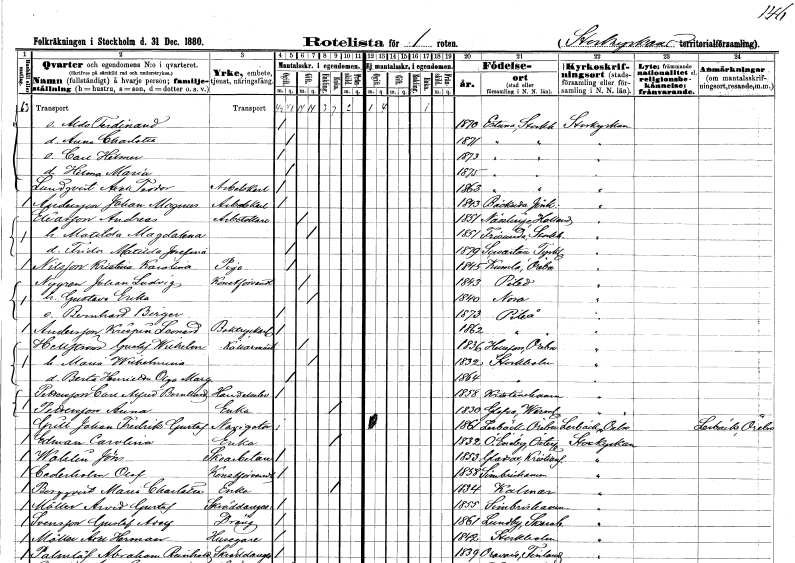
gt_parse: households: individuals: FN: Aldo Ferdinand
KON: M
CIV: O
FODAR: 1870
FODFORS: Estuna Stockholms län
FN: Anna Charlotta
KON: K
CIV: O
FODAR: 1871
FODFORS: Estuna Stockholms län
FN: Carl Hilmer
KON: M
CIV: O
FODAR: 1873
FODFORS: Estuna Stockholms län
FN: Hilma Maria
KON: K
CIV: O
FODAR: 1875
FODFORS: Estuna Stockholms län
FN: Axel Teodor
EN: Lundqvist
YRKE: Arbetskarl
KON: M
CIV: O
FODAR: 1863
FODFORS: Estuna Stockholms län
FN: Johan Magnus
EN: Andersson
YRKE: Arbetskarl
KON: M
CIV: O
FODAR: 1843
FODFORS: Bäckseda Jönköpings län
FN: Andreas
EN: Eliasson
YRKE: Arbetskarl
KON: M
CIV: G
FODAR: 1851
FODFORS: Nösslinge Hallands län
FN: Matilda Magdalena
KON: K
CIV: G
FODAR: 1851
FODFORS: Frösunda Stockholms län
FN: Frida Matilda Josefina
KON: K
CIV: O
FODAR: 1879
FN: Kristina Karolina
EN: Nilsson
YRKE: Piga
KON: K
CIV: O
FODAR: 1845
FODFORS: Kumla Örebro län
FN: Johan Ludvig
EN: Nygren
YRKE: Konstförvandt
KON: M
CIV: G
FODAR: 1843
FODFORS: Piteå Norrbottens län
FN: Gustava Erika
KON: K
CIV: G
FODAR: 1840
FODFORS: Nora stadsförsamling Örebro län
FN: Bernhard Birger
KON: M
CIV: O
FODAR: 1873
FODFORS: Piteå Norrbottens län
FN: Krispin Leonard
EN: Andersson
YRKE: Boktryckerilärling
KON: M
CIV: O
FODAR: 1862
FODFORS: Piteå Norrbottens län
FN: Gustaf Wilhelm
EN: Hellström
YRKE: Källarmästare
KON: M
CIV: G
FODAR: 1836
FODFORS: Hällefors Örebro län
FN: Maria Wilhelmina
KON: K
CIV: G
FODAR: 1832
FODFORS: Stockholm
FN: Berta Henrika Olga Margreta
KON: K
CIV: O
FODAR: 1864
FODFORS: Stockholm
FN: Carl Alfred Bernhard
EN: Pettersson
YRKE: Handlande
KON: M
CIV: O
FODAR: 1858
FODFORS: Kristinehamn Värmlands län
FN: Anna
EN: Pettersson
YRKE: Änka
KON: K
CIV: E
FODAR: 1830
FODFORS: Glava Värmlands län
FN: Johan Fredrik Gustaf
EN: Grill
YRKE: Navigatör
KON: M
CIV: O
FODAR: 1861
FODFORS: Lerbäck Örebro län
FN: Carolina
EN: Edman
YRKE: Änka
KON: K
CIV: E
FODAR: 1832
FODFORS: Östra Eneby Östergötlands län
FN: Jöns
EN: Wahlin
YRKE: Skoarbetare
KON: M
CIV: O
FODAR: 1853
FODFORS: Gladsax Kristianstads län
FN: Olof
EN: Cederholm
YRKE: Konstförvandt
KON: M
CIV: O
FODAR: 1858
FODFORS: Simrishamn Kristianstads län
FN: Maria Charlotta
EN: Bergqvist
YRKE: Änka
KON: K
CIV: E
FODAR: 1834
FODFORS: Kalmar Kalmar län
FN: Arvid Gustaf
EN: Möller
YRKE: Skräddaregesäll
KON: M
CIV: O
FODAR: 1855
FODFORS: Simrishamn Kristianstads län